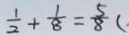
\frac { 1 } { 2 } + \frac { 1 } { 8 } = \frac { 5 } { 8 } (